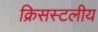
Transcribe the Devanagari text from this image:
क्रिसस्टलीय